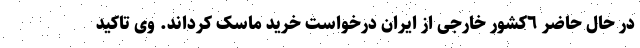
در حال حاضر ٦کشور خارجی از ایران درخواست خرید ماسک کرداند. وی تاکید